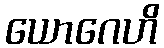
ယောဂေဟိ